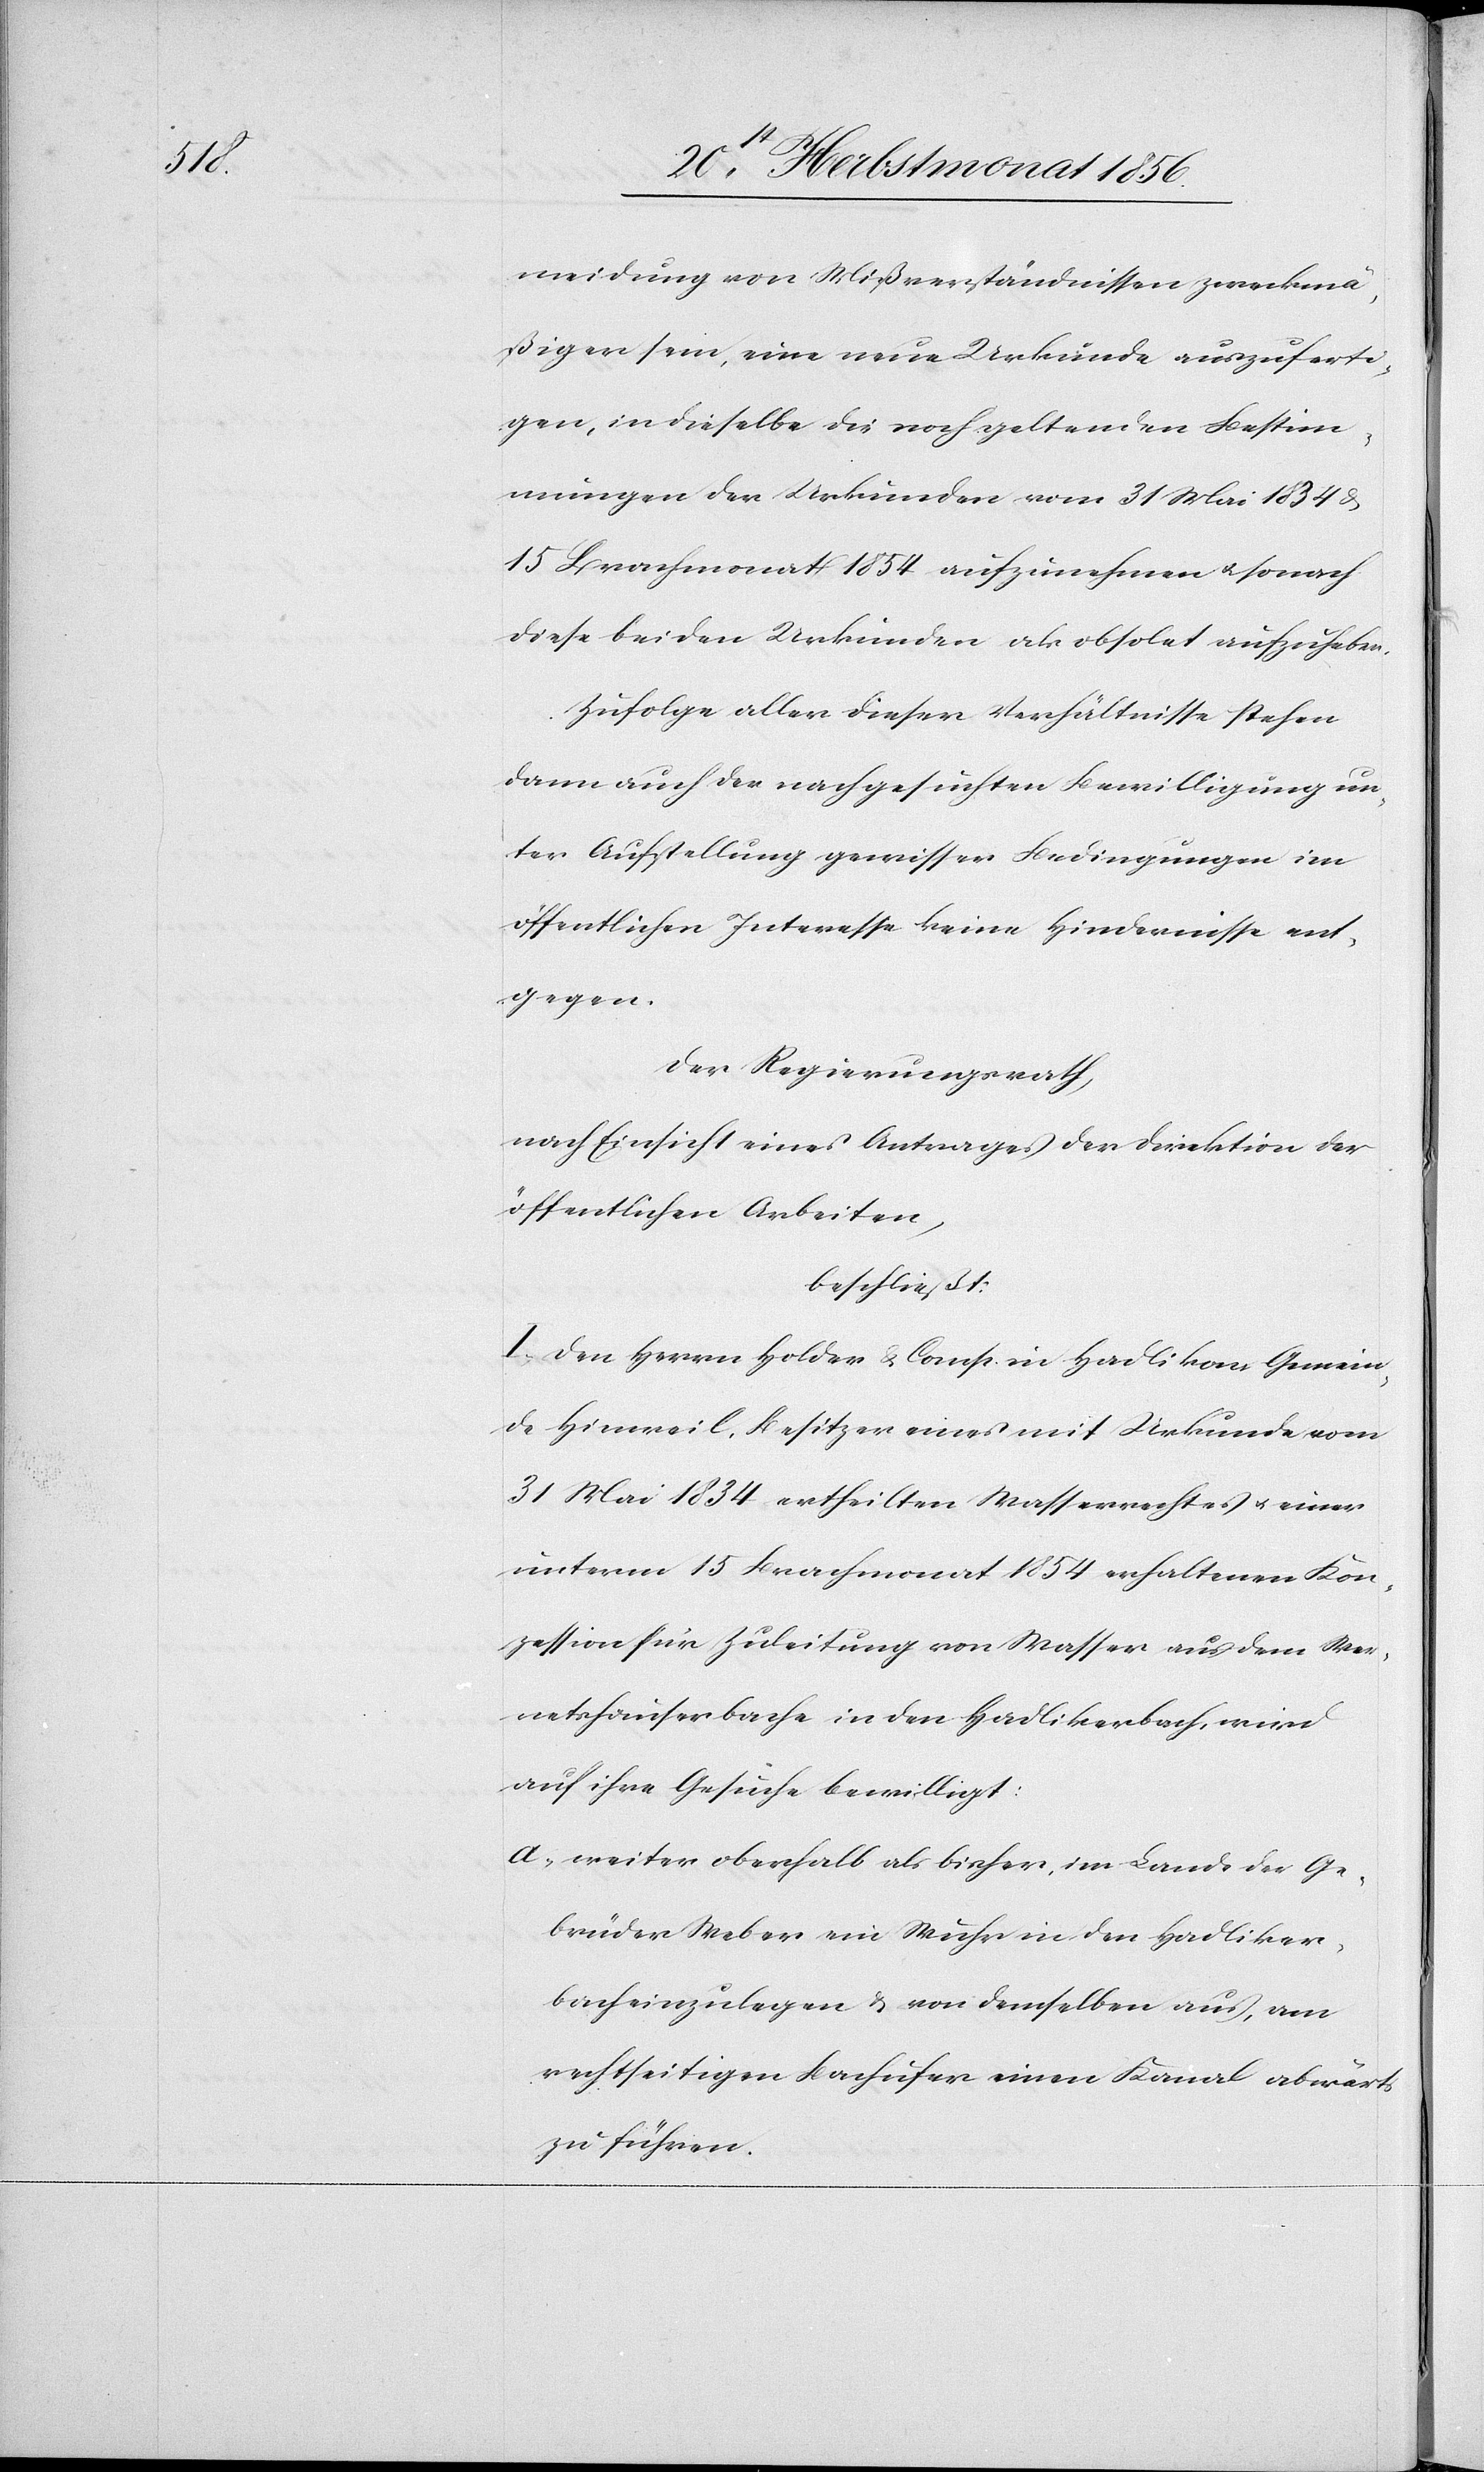
meidung von Mißverständnissen zweckmä¬
ßiger sein, eine neue Urkunde auszuferti¬
gen, in dieselbe die noch geltenden Bestim¬
mungen der Urkunden vom 31 Mai 1834 &
15 Brachmonat 1854 aufzunehmen u. sonach
diese beiden Urkunden als obsolet aufzuheben.
Zufolge aller dieser Verhältnisse stehen
dann auch der nachgesuchten Bewilligung un¬
ter Aufstellung gewisser Bedingungen im
öffentlichen Interesse keine Hindernisse ent¬
gegen.
Der Regierungsrath,
nach Einsicht eines Antrages der Direktion der
öffentlichen Arbeiten,
beschließt:
I.) Den Herrn Holder & Comp. in Hadlikon Gemein¬
de Hinweil, Besitzer eines mit Urkunde vom
31 Mai 1834 ertheilten Wasserrechtes u. einer
unterm 15 Brachmonat 1854 erhaltenen Kon¬
zession für Zuleitung von Wasser aus dem Wer¬
netshauserbache in den Hadlikerbach, wird
auf ihre Gesuche bewilligt.
a.) weiter oberhalb als bisher, im Lande der Ge¬
brüder Weber ein Wuhr in den Hadliker¬
bach einzulegen & von demselben aus, am
rechtseitigen Bachufer einen Kanal abwärts
zu führen.